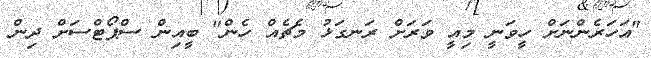
"އަހަރެންނަށް ހީވަނީ މިއީ ވަރަށް ރަނގަޅު މެޗެއް ހެން" ބީއިން ސްޕޯޓްސަށް ދިން